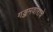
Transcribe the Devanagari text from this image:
गड्डमवाराचे